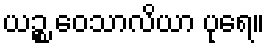
ယဉ္စ ဝေသာလိယာ ပုရေ။